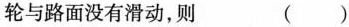
轮与路面没有滑动，则 ()